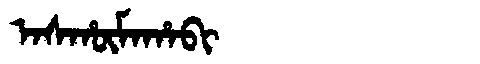
Manchu: ᠠᠰᡥᡡᠮᠠᡥᠠᠪᡳ
Romanization: ASHŪMAHABI